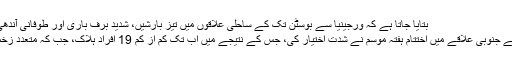
بتایا جاتا ہے کہ ورجینیا سے بوسٹن تک کے ساحلی علاقوں میں تیز بارشیں، شدید برف باری اور طوفانی آندھی آئے گی
امریکہ کے جنوبی علاقے میں اختتام ہفتہ موسم نے شدت اختیار کی، جس کے نتیجے میں اب تک کم از کم 19 افراد ہلاک، جب کہ متعدد زخمی ہوئے۔